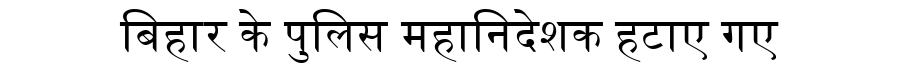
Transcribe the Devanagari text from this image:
बिहार के पुलिस महानिदेशक हटाए गए